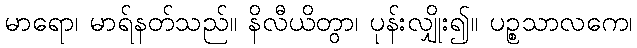
မာရော၊ မာရ်နတ်သည်။ နိလီယိတွာ၊ ပုန်းလျှိုး၍။ ပဉ္စသာလကေ၊